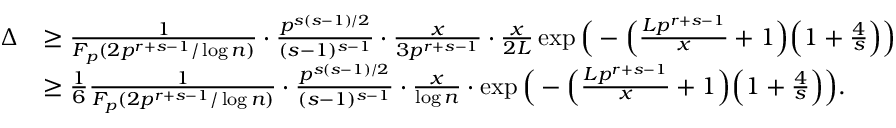
\begin{array} { r l } { \Delta } & { \geq \frac { 1 } { F _ { p } ( 2 p ^ { r + s - 1 } / \log { n } ) } \cdot \frac { p ^ { s ( s - 1 ) / 2 } } { ( s - 1 ) ^ { s - 1 } } \cdot \frac { x } { 3 p ^ { r + s - 1 } } \cdot \frac { x } { 2 L } \exp \Big ( - \Big ( \frac { L p ^ { r + s - 1 } } { x } + 1 \Big ) \Big ( 1 + \frac { 4 } { s } \Big ) \Big ) } \\ & { \geq \frac { 1 } { 6 } \frac { 1 } { F _ { p } ( 2 p ^ { r + s - 1 } / \log { n } ) } \cdot \frac { p ^ { s ( s - 1 ) / 2 } } { ( s - 1 ) ^ { s - 1 } } \cdot \frac { x } { \log { n } } \cdot \exp \Big ( - \Big ( \frac { L p ^ { r + s - 1 } } { x } + 1 \Big ) \Big ( 1 + \frac { 4 } { s } \Big ) \Big ) . } \end{array}